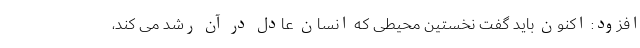
افزود: اکنون باید گفت نخستین محیطی که انسان عادل در آن رُشد می کند،